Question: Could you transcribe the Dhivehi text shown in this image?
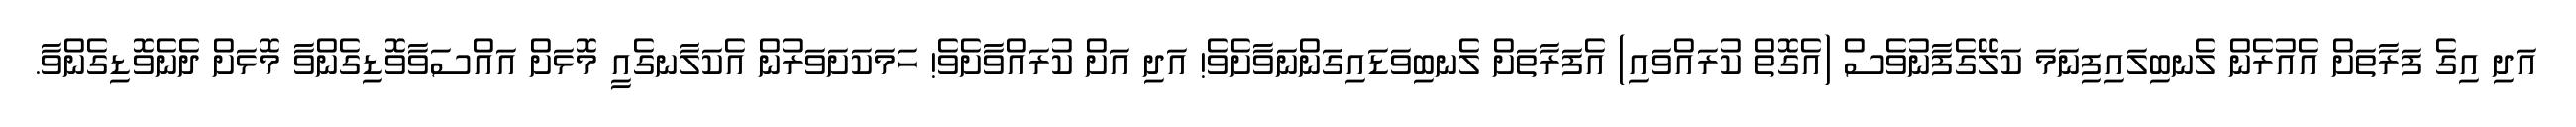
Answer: އަދި އިގެ ފަރާތަށް އެއުރެން ލެނބިލައިފިނަމަ ކަލޭގެފާނުވެސް (އެގޮތް ކުރައްވައި) އެފަރާތަށް ލެނބިވަޑައިގަންނަވާށެވެ! އަދި އަށް ކުރައްވާށެވެ! ހަމަކަށަވަރުން އެކަލާނގެއީ މޮޅަށް އައްސަވާވޮޑިގެންވާ މޮޅަށް ދެނެވޮޑިގެންވާ.